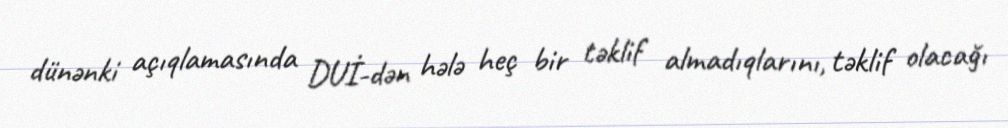
dünənki açıqlamasında DUİ-dən hələ heç bir təklif almadıqlarını, təklif olacağı